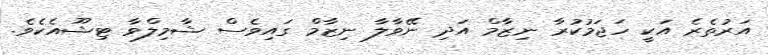
އަރުތެރެ އަކީ ހަޖަމުކުރާ ނިޒާމް އަދި ނޭވާލާ ނިޒާމް ގައިވެސް ޝާމިލްވާ ޓިޝޫއެކެވެ.